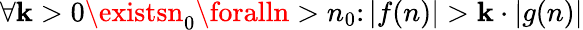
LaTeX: \forall\mathbf{k}>0\existsn_{0}\foralln>n_{0}\colon|f(n)|>\mathbf{k}\cdot|g(n)|